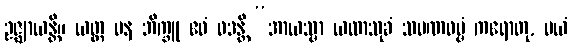
ဥဇ္ဈာယန္တိ။ ယတ္ထ ပန ဘိက္ခူ ဧဝံ ဝဒန္တိ “အာယသ္မာ ယထာသုခံ သမဏဓမ္မံ ကရောတု, မယံ